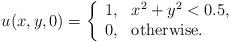
LaTeX: \begin{align*}u(x,y,0)=\left\{\begin{array}{ll}1, & \textrm{$x^2+y^2<0.5$},\\0, & \textrm{otherwise}.\end{array}\right.\end{align*}